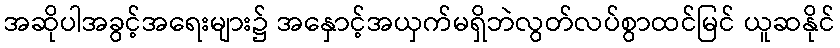
အဆိုပါအခွင့်အရေးများ၌ အနှောင့်အယှက်မရှိဘဲလွတ်လပ်စွာထင်မြင် ယူဆနိုင်